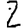
Digit: 2